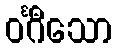
ဝင်္ဂီသော